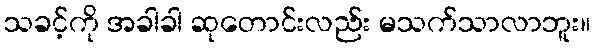
သခင့်ကို အခါခါ ဆုတောင်းလည်း မသက်သာလာဘူး။